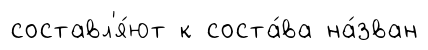
составл'я́ют к соста́ва на́зван